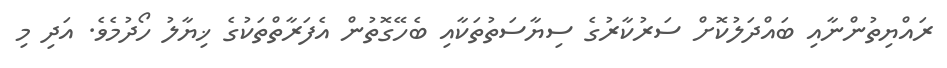
ރައްޔިތުންނާއި ބައްދަލުކޮށް ސަރުކާރުގެ ސިޔާސަތުތަކާއި ބެހޭގޮތުން އެފަރާތްތަކުގެ ޚިޔާލު ހޯދުމެވެ. އަދި މި